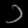
Digit: ၁